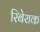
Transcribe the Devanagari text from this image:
रिबेराक